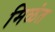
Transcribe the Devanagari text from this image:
मिळंत